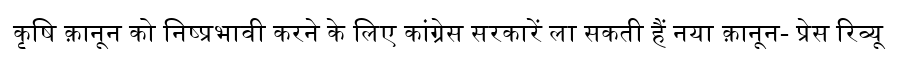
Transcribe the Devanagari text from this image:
कृषि क़ानून को निष्प्रभावी करने के लिए कांग्रेस सरकारें ला सकती हैं नया क़ानून- प्रेस रिव्यू